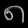
Digit: ၈